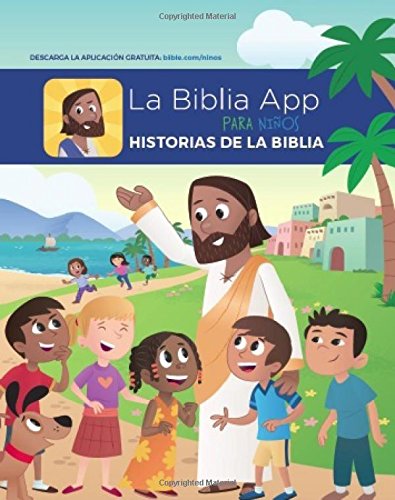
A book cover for La Biblia App Para Ninos Historias de la Biblia (The Bible App For Kids Storybook Bible Spanish Edition); YouVersion in partnership with OneHope Inc.; Christian Books & Bibles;